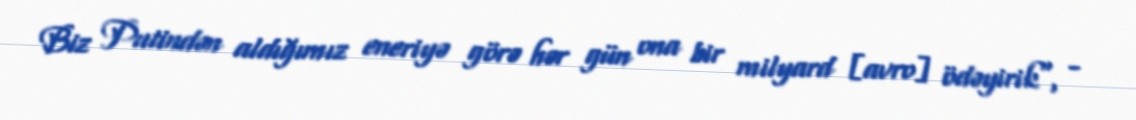
Biz Putindən aldığımız eneriyə görə hər gün ona bir milyard [avro] ödəyirik", -